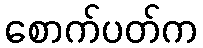
စောက်ပတ်က